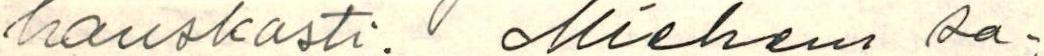
hauskasti. Mieheni sa-